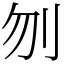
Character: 刎